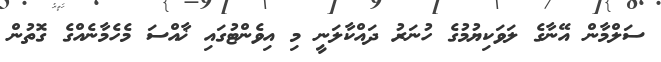
ސަލްމާން އޭނާގެ ލަވަކިޔުމުގެ ހުނަރު ދައްކާލަނީ މި އިވެންޓުގައި ޚާއްސަ މެހެމާނެއްގެ ގޮތުން